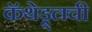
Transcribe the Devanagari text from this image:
कॅथेड्र्लची